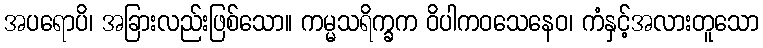
အပရောပိ၊ အခြားလည်းဖြစ်သော။ ကမ္မသရိက္ခက ဝိပါကဝသေနေဝ၊ ကံနှင့်အလားတူသော